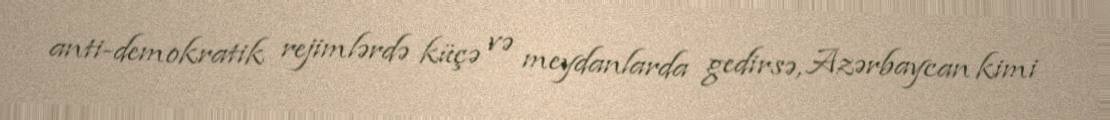
anti-demokratik rejimlərdə küçə və meydanlarda gedirsə, Azərbaycan kimi